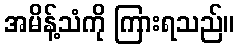
အမိန့်သံကို ကြားရသည်။